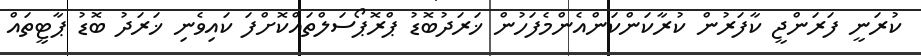
ކުރަނީ ފަރަންޖީ ކާފަރުން ކުރާކަންކަންއެންމެފަހުން ޚަރަދުބޮޑު ޕްރޮޕޯސަލްތައްކޮށްފަ ކައިވެނި ޚަރަދު ބޮޑު ޕާޓީތައް